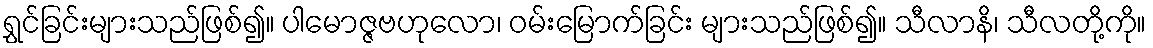
ရွှင်ခြင်းများသည်ဖြစ်၍။ ပါမောဇ္ဇဗဟုလော၊ ဝမ်းမြောက်ခြင်း များသည်ဖြစ်၍။ သီလာနိ၊ သီလတို့ကို။